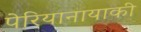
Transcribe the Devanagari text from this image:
पेरियानायाकी